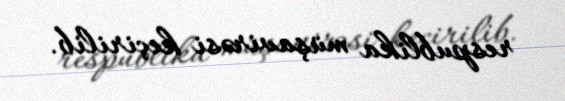
respublika müşavirəsi keçirilib.